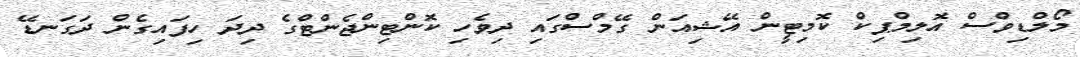
މޯލްޑިވްސް އޮލިމްޕިކް ކޮމިޓީން އޭޝިއަން ގޭމްސްގައި ދިވެހި ކޮންޓިންޖެންޓްގެ ދިދަ ހިފައިގެން ދަގަނޑޭ